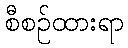
စီစဉ်ထားရာ